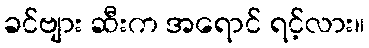
ခင်ဗျား ဆီးက အရောင် ရင့်လား။